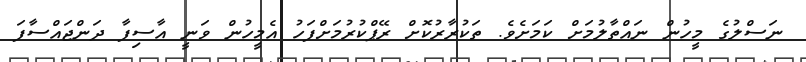
ނަސްލުގެ މީހުން ނައްތާލުމަށް ކަމަށެވެ. ތަކުރާރުކޮށް ރޭޕްކުރުމަށްފަހު އެމީހުން ވަނީ އާސިފާ ދަންޖައްސާފަ